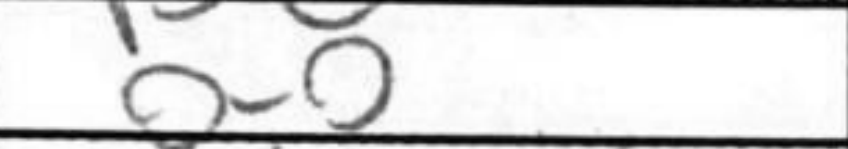
Transcription: O-O